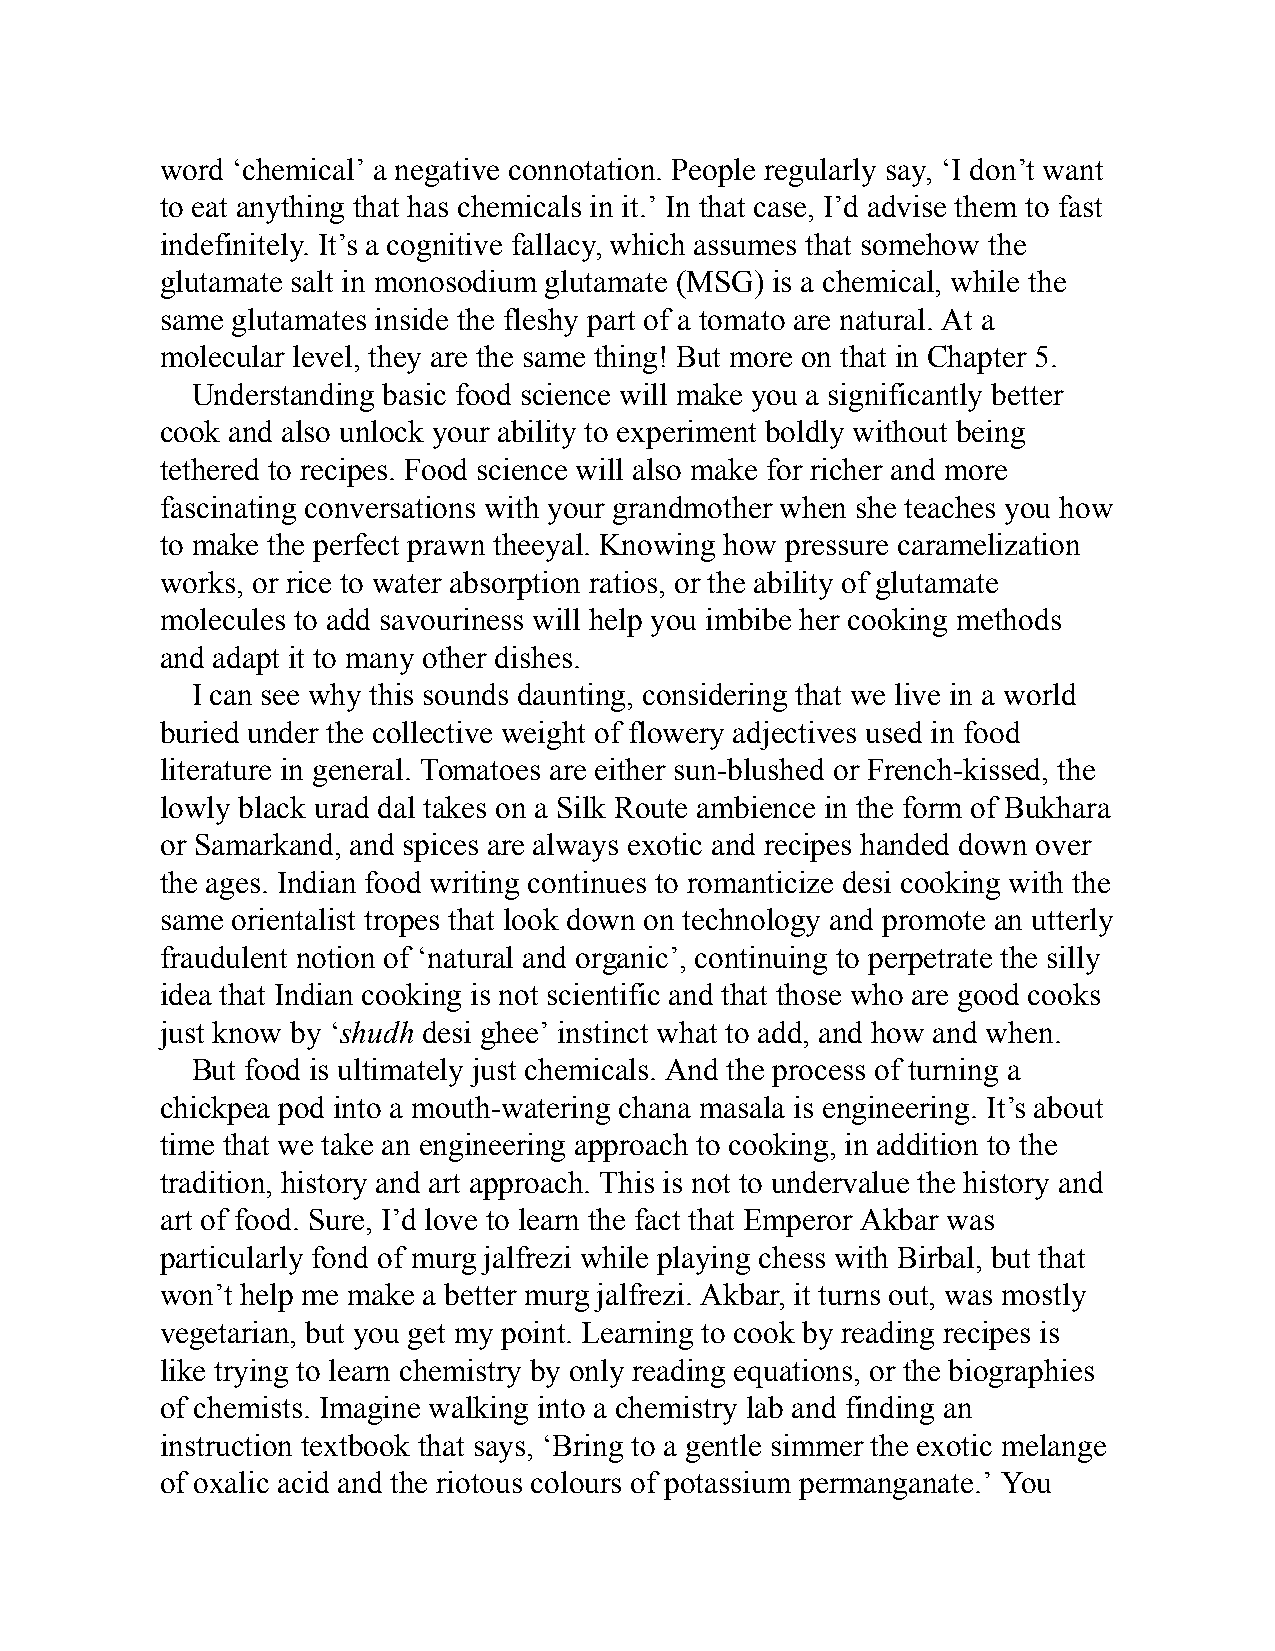
word ‘chemical’ a negative connotation. People regularly say, ‘I don’t want
 to eat anything that has chemicals in it.’ In that case, I’d advise them to fast
 indefinitely. It’s a cognitive fallacy, which assumes that somehow the
 glutamate salt in monosodium glutamate (MSG) is a chemical, while the
 same glutamates inside the fleshy part of a tomato are natural. At a
 molecular level, they are the same thing! But more on that in Chapter 5.
 Understanding basic food science will make you a significantly better
 cook and also unlock your ability to experiment boldly without being
 tethered to recipes. Food science will also make for richer and more
 fascinating conversations with your grandmother when she teaches you how
 to make the perfect prawn theeyal. Knowing how pressure caramelization
 works, or rice to water absorption ratios, or the ability of glutamate
 molecules to add savouriness will help you imbibe her cooking methods
 and adapt it to many other dishes.
 I can see why this sounds daunting, considering that we live in a world
 buried under the collective weight of flowery adjectives used in food
 literature in general. Tomatoes are either sun-blushed or French-kissed, the
 lowly black urad dal takes on a Silk Route ambience in the form of Bukhara
 or Samarkand, and spices are always exotic and recipes handed down over
 the ages. Indian food writing continues to romanticize desi cooking with the
 same orientalist tropes that look down on technology and promote an utterly
 fraudulent notion of ‘natural and organic’, continuing to perpetrate the silly
 idea that Indian cooking is not scientific and that those who are good cooks
 just know by ‘shudh desi ghee’ instinct what to add, and how and when.
 But food is ultimately just chemicals. And the process of turning a
 chickpea pod into a mouth-watering chana masala is engineering. It’s about
 time that we take an engineering approach to cooking, in addition to the
 tradition, history and art approach. This is not to undervalue the history and
 art of food. Sure, I’d love to learn the fact that Emperor Akbar was
 particularly fond of murg jalfrezi while playing chess with Birbal, but that
 won’t help me make a better murg jalfrezi. Akbar, it turns out, was mostly
 vegetarian, but you get my point. Learning to cook by reading recipes is
 like trying to learn chemistry by only reading equations, or the biographies
 of chemists. Imagine walking into a chemistry lab and finding an
 instruction textbook that says, ‘Bring to a gentle simmer the exotic melange
 of oxalic acid and the riotous colours of potassium permanganate.’ You